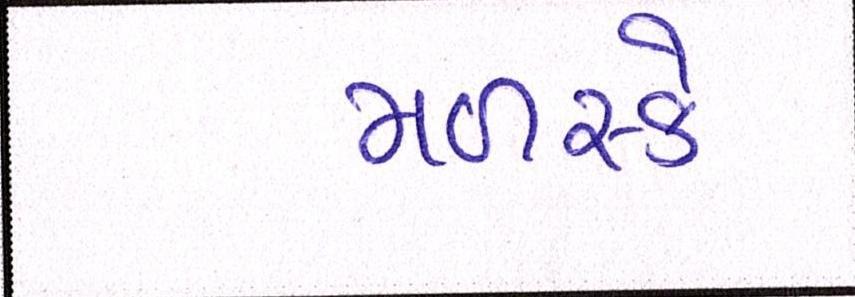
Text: મળસ્કે